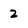
Character: 2